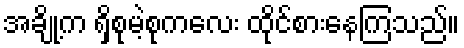
အချို့က ရှိစုမဲ့စုကလေး ထိုင်စားနေကြသည်။